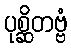
ပုစ္ဆိတဗ္ဗံ